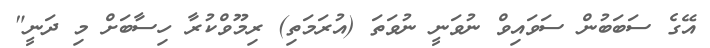
އޭގެ ސަބަބުން ސަވައިވް ނުވަނީ ނުވަތަ (އުރަމަތި) ރިމޫވްކުރާ ހިސާބަށް މި ދަނީ"